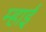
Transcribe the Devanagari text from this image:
म्हाई